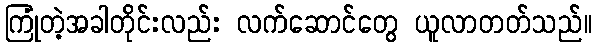
ကြုံတဲ့အခါတိုင်းလည်း လက်ဆောင်တွေ ယူလာတတ်သည်။